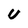
Character: U